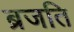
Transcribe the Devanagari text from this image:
ब्रजति